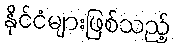
နိုင်ငံများဖြစ်သည့်